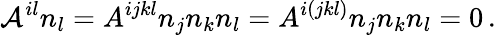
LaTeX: {\cal A}^{il}n_{l}=A^{ijkl}n_{j}n_{k}n_{l}=A^{i(jkl)}n_{j}n_{k}n_{l}=0\, .